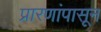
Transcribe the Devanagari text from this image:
प्रारणांपासून